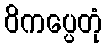
ဝိကပ္ပေတုံ